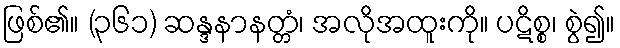
ဖြစ်၏။ (၃၆၁) ဆန္ဒနာနတ္တံ၊ အလိုအထူးကို။ ပဋိစ္စ၊ စွဲ၍။